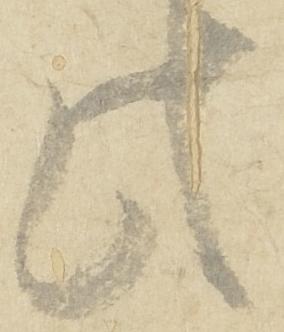
此